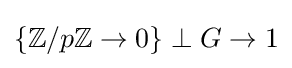
\{{\mathbb {Z} }/p{\mathbb {Z} }\to 0\}\perp G\to 1